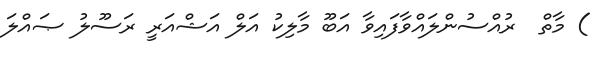
) މާތް  ރުއްސުންލައްވާފައިވާ އަބޫ މާލިކު އަލް އަޝްއަރީ ރަސޫލު ޞައްލަ